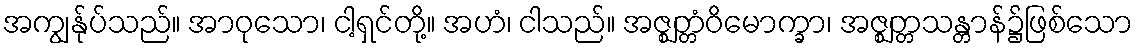
အကျွန်ုပ်သည်။ အာဝုသော၊ ငါ့ရှင်တို့။ အဟံ၊ ငါသည်။ အဇ္ဈတ္တံဝိမောက္ခာ၊ အဇ္ဈတ္တသန္တာန်၌ဖြစ်သော